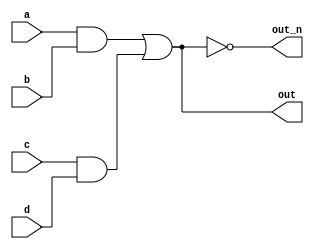

// wire

module top_module(
	input a,
	input b,
	input c,
	input d,
	output out,
	output out_n);

	wire and_output1, and_output2;
	wire or_output;

	assign and_output1 = a & b;
	assign and_output2 = c & d;
	assign or_output = and_output1 | and_output2;
	assign out = or_output;
	assign out_n = ~or_output;

endmodule

//wire
// module top_module(
// 	input a,
// 	input b,
// 	input c,
// 	input d,
// 	output out,
// 	output out_n);

// 	assign out = (a & b) | (c & d);
// 	assign out_n = ~out;

// endmodule